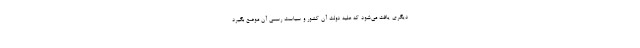
دیگری یافت می‌شود که علیه دولت آن کشور و سیاست رسمی آن موضع بگیرد